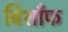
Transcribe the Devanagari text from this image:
बिशाँफ